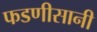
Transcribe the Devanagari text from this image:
फडणीसानी